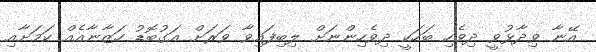
އޭނާ ވިދާޅުވީ ދިވެހި ބަހަކީ ދިވެހިންނަށް ލިބިފައިވާ ވަރަށް އަގުބޮޑު ހަޒާނާއެއް ކަމަށާއި